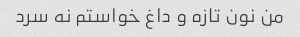
من نون تازه و داغ خواستم نه سرد